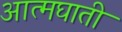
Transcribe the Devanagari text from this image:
अात्मघाती